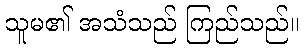
သူမ၏ အသံသည် ကြည်သည်။